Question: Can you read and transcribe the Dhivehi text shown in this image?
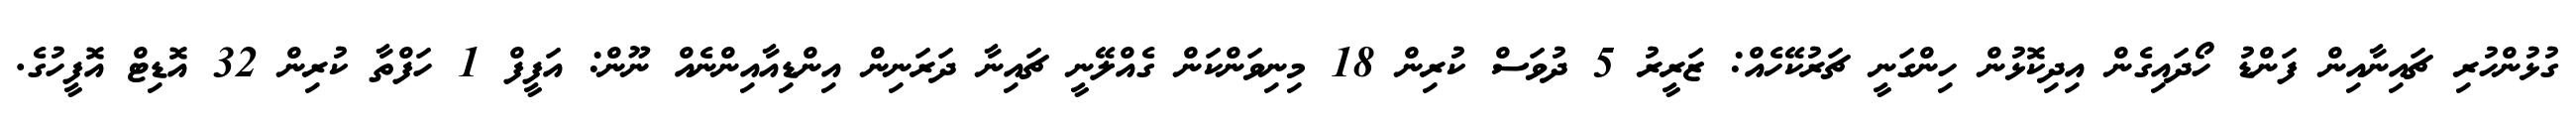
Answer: ގުޅުންހުރި ޗައިނާއިން ފަންޑު ހޯދައިގެން އިދިކޮޅުން ހިންގަނީ ޗަރުކޭހެއް: ޒަރީރު 5 ދުވަސް ކުރިން 18 މިނިވަންކަން ގެއްލޭނީ ޗައިނާ ދަރަނިން އިންޑިއާއިންނެއް ނޫން: އަފީފް 1 ހަފްތާ ކުރިން 32 އޮޑިޓް އޮފީހުގެ.